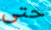
حتى